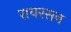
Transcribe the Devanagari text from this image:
रायरसन